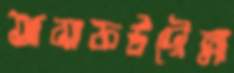
আসাফউদৌল্লা